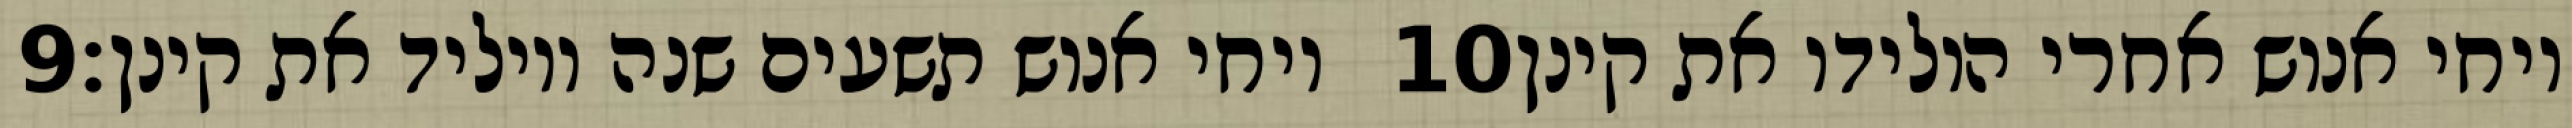
‎9‏ ויחי אנוש תשעים שנה ויוליד את קינן׃ ‎10‏ ויחי אנוש אחרי הולידו את קינן